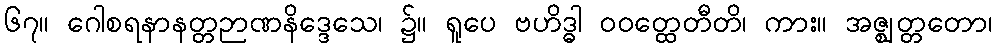
၆၇။ ဂေါစရနာနတ္တဉာဏနိဒ္ဒေသေ၊ ၌။ ရူပေ ဗဟိဒ္ဓါ ဝဝတ္ထေတီတိ၊ ကား။ အဇ္ဈတ္တတော၊